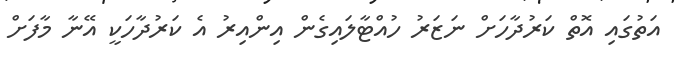
އަތުގައި އޮތް ކަރުދާހަށް ނަޒަރު ހުއްޓާލައިގެން އިންއިރު އެ ކަރުދާހަކީ އޭނާ މާފަށް